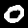
Label: 0